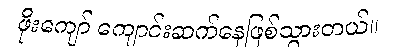
ဖိုးကျော် ကျောင်းဆက်နေဖြစ်သွားတယ်။